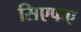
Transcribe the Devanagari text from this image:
सिएफए